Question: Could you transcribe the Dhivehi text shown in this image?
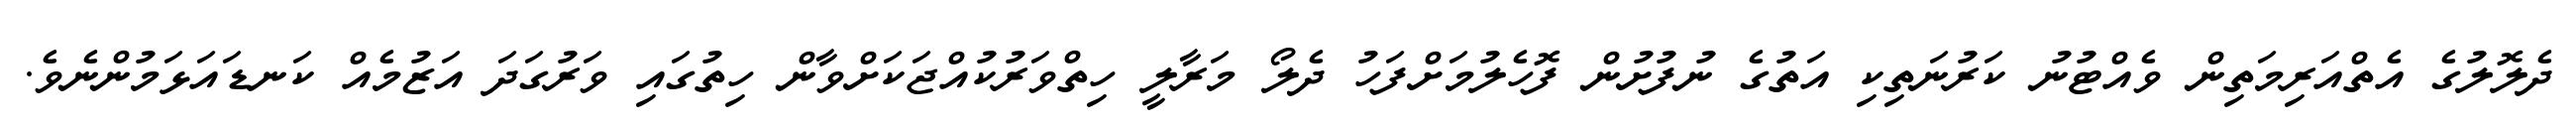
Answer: ދެލޮލުގެ އެތްއަރިމަތިން ވެއްޓުނު ކަރުނަތިކި އަތުގެ ނުފުށުން ފޮހެލުމަށްފަހު ދެލޯ މަރާލީ ހިތްވަރުކުއްޖަކަށްވާން ހިތުގައި ވަރުގަދަ އަޒުމެއް ކަނޑައަޅަމުންނެވެ.